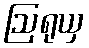
ဩရုယှ